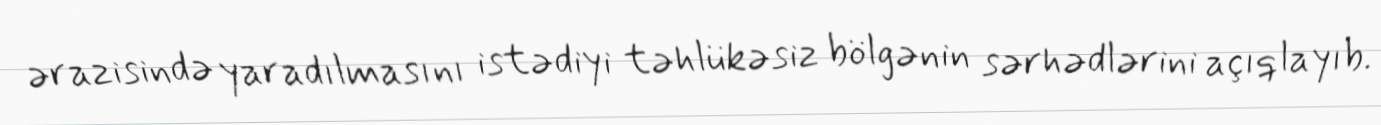
ərazisində yaradılmasını istədiyi təhlükəsiz bölgənin sərhədlərini açıqlayıb.